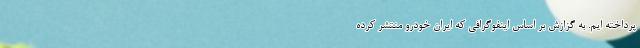
پرداخته ایم. به گزازش بر اساس اینفوگرافی که ایران خودرو منتشر کرده